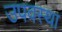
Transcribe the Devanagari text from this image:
उपवस्था